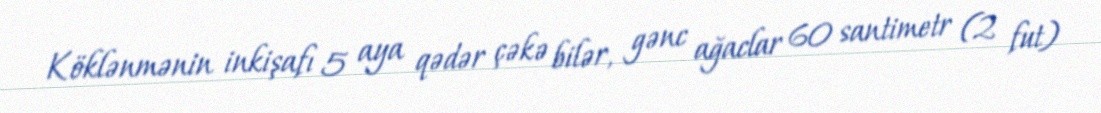
Köklənmənin inkişafı 5 aya qədər çəkə bilər, gənc ağaclar 60 santimetr (2 fut)